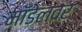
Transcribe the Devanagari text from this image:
मॉडेलवर